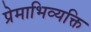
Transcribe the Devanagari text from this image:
प्रेमाभिव्यक्ति